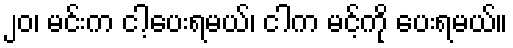
၂၀၊ မင်းက ငါ့ပေးရမယ်၊ ငါက မင့်ကို ပေးရမယ်။